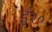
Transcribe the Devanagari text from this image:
ई२०